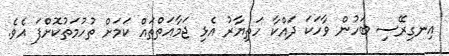
އިނގިރޭސި ބަހުން ވާހަކަ ދައްކާ ހަތިޔާރު އެޅި ޖަމާއަތްތައް ކަމަށް ތުހުމަތުކޮށްފަ އެވެ.